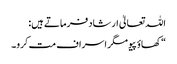
اللہ تعالیٰ ارشاد فرماتے ہیں:
“کھاؤ پیو مگر اسراف مت کرو۔